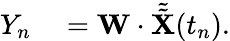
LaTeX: \begin{array}{rl}{Y_{n}}&{{}=\mathbf{W}\cdot\tilde{\tilde{\mathbf{X}}}(t_{n}).}\end{array}